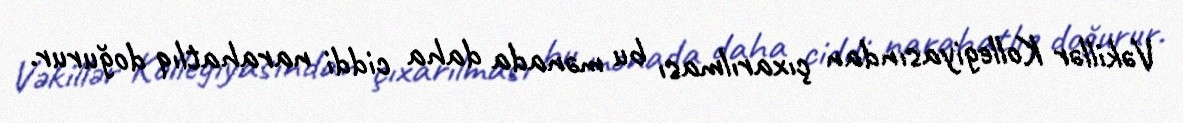
Vəkillər Kollegiyasından çıxarılması bu mənada daha ciddi narahatlıq doğurur.